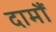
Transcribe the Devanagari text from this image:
दामौं